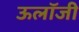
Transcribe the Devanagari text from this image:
ऊलॉजी